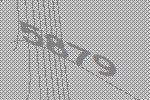
5879